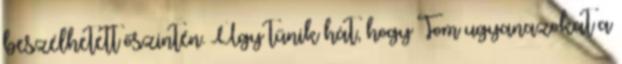
beszélhetett őszintén. Úgy tűnik hát, hogy Tom ugyanazokat a